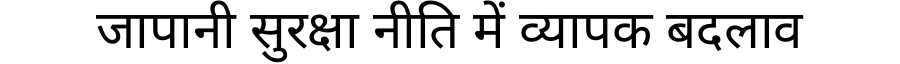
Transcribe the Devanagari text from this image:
जापानी सुरक्षा नीति में व्यापक बदलाव